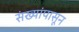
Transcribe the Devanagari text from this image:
संख्यांपासून